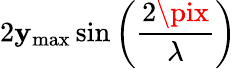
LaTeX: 2\mathbf{y}_{\mathrm{{max}}}\sin\left({\frac{{2\pix}}{{\lambda}}}\right)